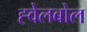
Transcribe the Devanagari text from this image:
ह्वेलबोल